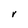
Character: V